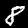
Label: 8